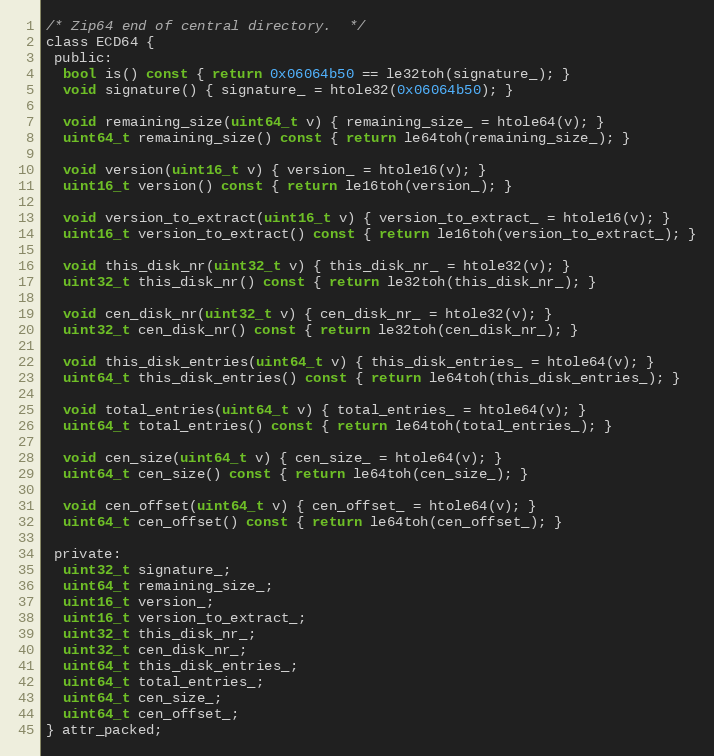
Language: C
/* Zip64 end of central directory.  */
class ECD64 {
 public:
  bool is() const { return 0x06064b50 == le32toh(signature_); }
  void signature() { signature_ = htole32(0x06064b50); }

  void remaining_size(uint64_t v) { remaining_size_ = htole64(v); }
  uint64_t remaining_size() const { return le64toh(remaining_size_); }

  void version(uint16_t v) { version_ = htole16(v); }
  uint16_t version() const { return le16toh(version_); }

  void version_to_extract(uint16_t v) { version_to_extract_ = htole16(v); }
  uint16_t version_to_extract() const { return le16toh(version_to_extract_); }

  void this_disk_nr(uint32_t v) { this_disk_nr_ = htole32(v); }
  uint32_t this_disk_nr() const { return le32toh(this_disk_nr_); }

  void cen_disk_nr(uint32_t v) { cen_disk_nr_ = htole32(v); }
  uint32_t cen_disk_nr() const { return le32toh(cen_disk_nr_); }

  void this_disk_entries(uint64_t v) { this_disk_entries_ = htole64(v); }
  uint64_t this_disk_entries() const { return le64toh(this_disk_entries_); }

  void total_entries(uint64_t v) { total_entries_ = htole64(v); }
  uint64_t total_entries() const { return le64toh(total_entries_); }

  void cen_size(uint64_t v) { cen_size_ = htole64(v); }
  uint64_t cen_size() const { return le64toh(cen_size_); }

  void cen_offset(uint64_t v) { cen_offset_ = htole64(v); }
  uint64_t cen_offset() const { return le64toh(cen_offset_); }

 private:
  uint32_t signature_;
  uint64_t remaining_size_;
  uint16_t version_;
  uint16_t version_to_extract_;
  uint32_t this_disk_nr_;
  uint32_t cen_disk_nr_;
  uint64_t this_disk_entries_;
  uint64_t total_entries_;
  uint64_t cen_size_;
  uint64_t cen_offset_;
} attr_packed;